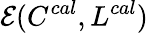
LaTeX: \mathcal{E}(C^{cal},L^{cal})